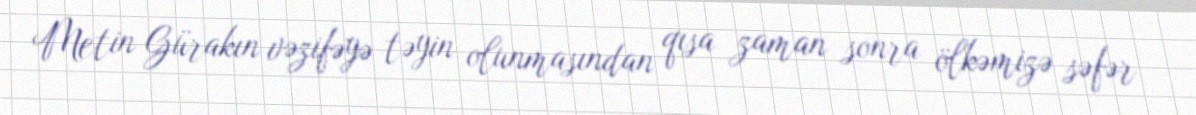
Metin Gürakın vəzifəyə təyin olunmasından qısa zaman sonra ölkəmizə səfər